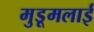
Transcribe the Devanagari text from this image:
मुडूमलाई